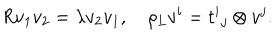
LaTeX: R v _ { 1 } v _ { 2 } = \lambda v _ { 2 } v _ { 1 } , \quad \rho _ { L } v ^ { i } = { t ^ { i } } _ { j } \otimes v ^ { j } .